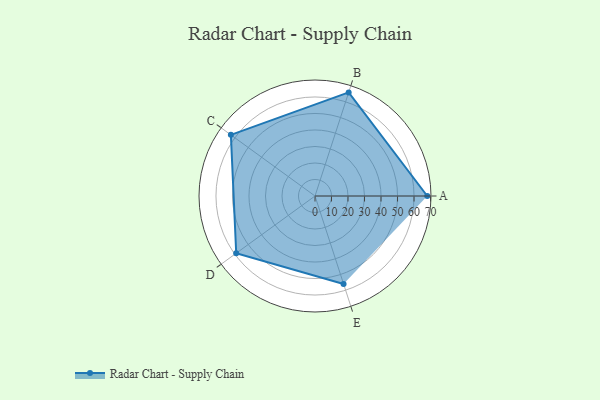
{"axis": {"x": "Skill", "y": "Score"}, "legend": ["Profile"], "data": [{"x": "A", "y": 68.0, "type": "Profile"}, {"x": "B", "y": 66.0, "type": "Profile"}, {"x": "C", "y": 63.0, "type": "Profile"}, {"x": "D", "y": 59.0, "type": "Profile"}, {"x": "E", "y": 56.0, "type": "Profile"}]}